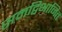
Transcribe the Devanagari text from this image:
समद्विभाजित